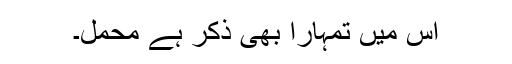
اس میں تمہارا بھی ذکر ہے محمل۔